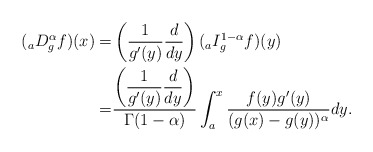
\begin{align*} ({}_aD_g^{\alpha} f) (x) = &\left(\frac{1}{g'(y) } \frac{d}{dy} \right) ( {}_{a}I_g^{1-\alpha} f )(y) \\= &\frac{\left(\displaystyle\frac{1}{g'(y)} \displaystyle\frac{d}{dy} \right)}{\Gamma (1-\alpha) } \int_a^x \frac{ f(y) g'(y) }{(g(x)- g(y))^{\alpha}}dy.\end{align*}